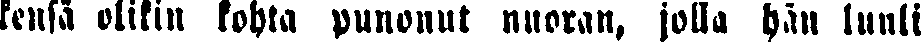
kensä olikin kohta punonut nuoran, jolla hän luuli